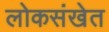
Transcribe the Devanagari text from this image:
लोकसंखेत